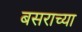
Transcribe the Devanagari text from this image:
बसराच्या